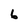
Character: 6